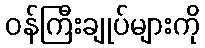
ဝန်ကြီးချုပ်များကို